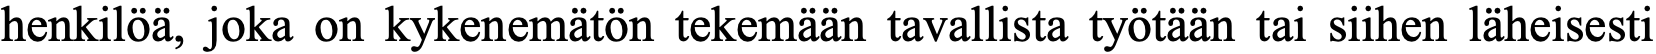
henkilöä, joka on kykenemätön tekemään tavallista työtään tai siihen läheisesti